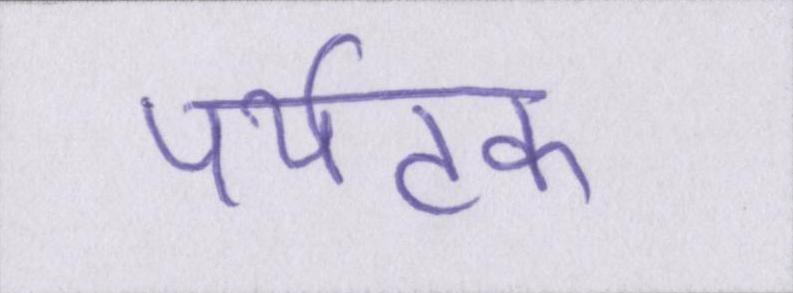
पर्यटक